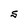
Character: S